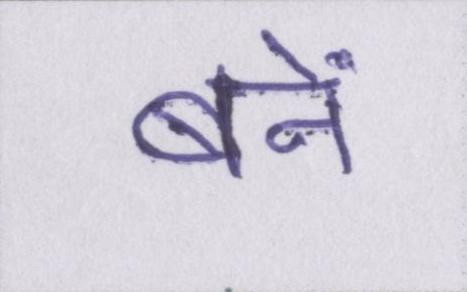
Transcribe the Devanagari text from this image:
बनें